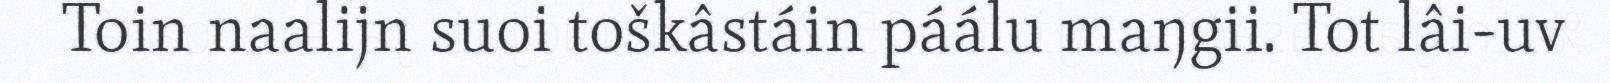
Toin naalijn suoi toškâstáin páálu maŋgii. Tot lâi-uv